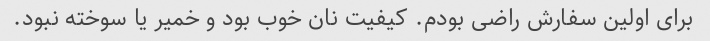
برای اولین سفارش راضی بودم. کیفیت نان خوب بود و خمیر یا سوخته نبود.